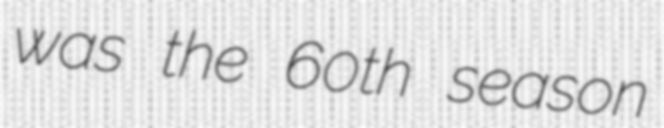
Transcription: was the 60th season